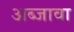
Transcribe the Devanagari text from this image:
अब्जावा